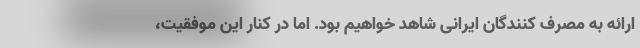
ارائه به مصرف کنندگان ایرانی شاهد خواهیم بود. اما در کنار این موفقیت،